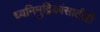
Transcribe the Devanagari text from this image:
ध्वनिमुद्रिकांसाठीही